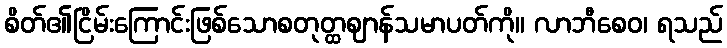
စိတ်၏ငြိမ်းကြောင်းဖြစ်သောစတုတ္ထဈာန်သမာပတ်ကို။ လာဘီစေဝ၊ ရသည်